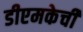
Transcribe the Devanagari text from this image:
डीएमकेची